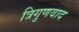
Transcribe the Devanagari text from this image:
त्रिगुणवाद